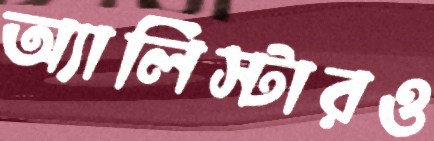
অ্যালিস্টারও